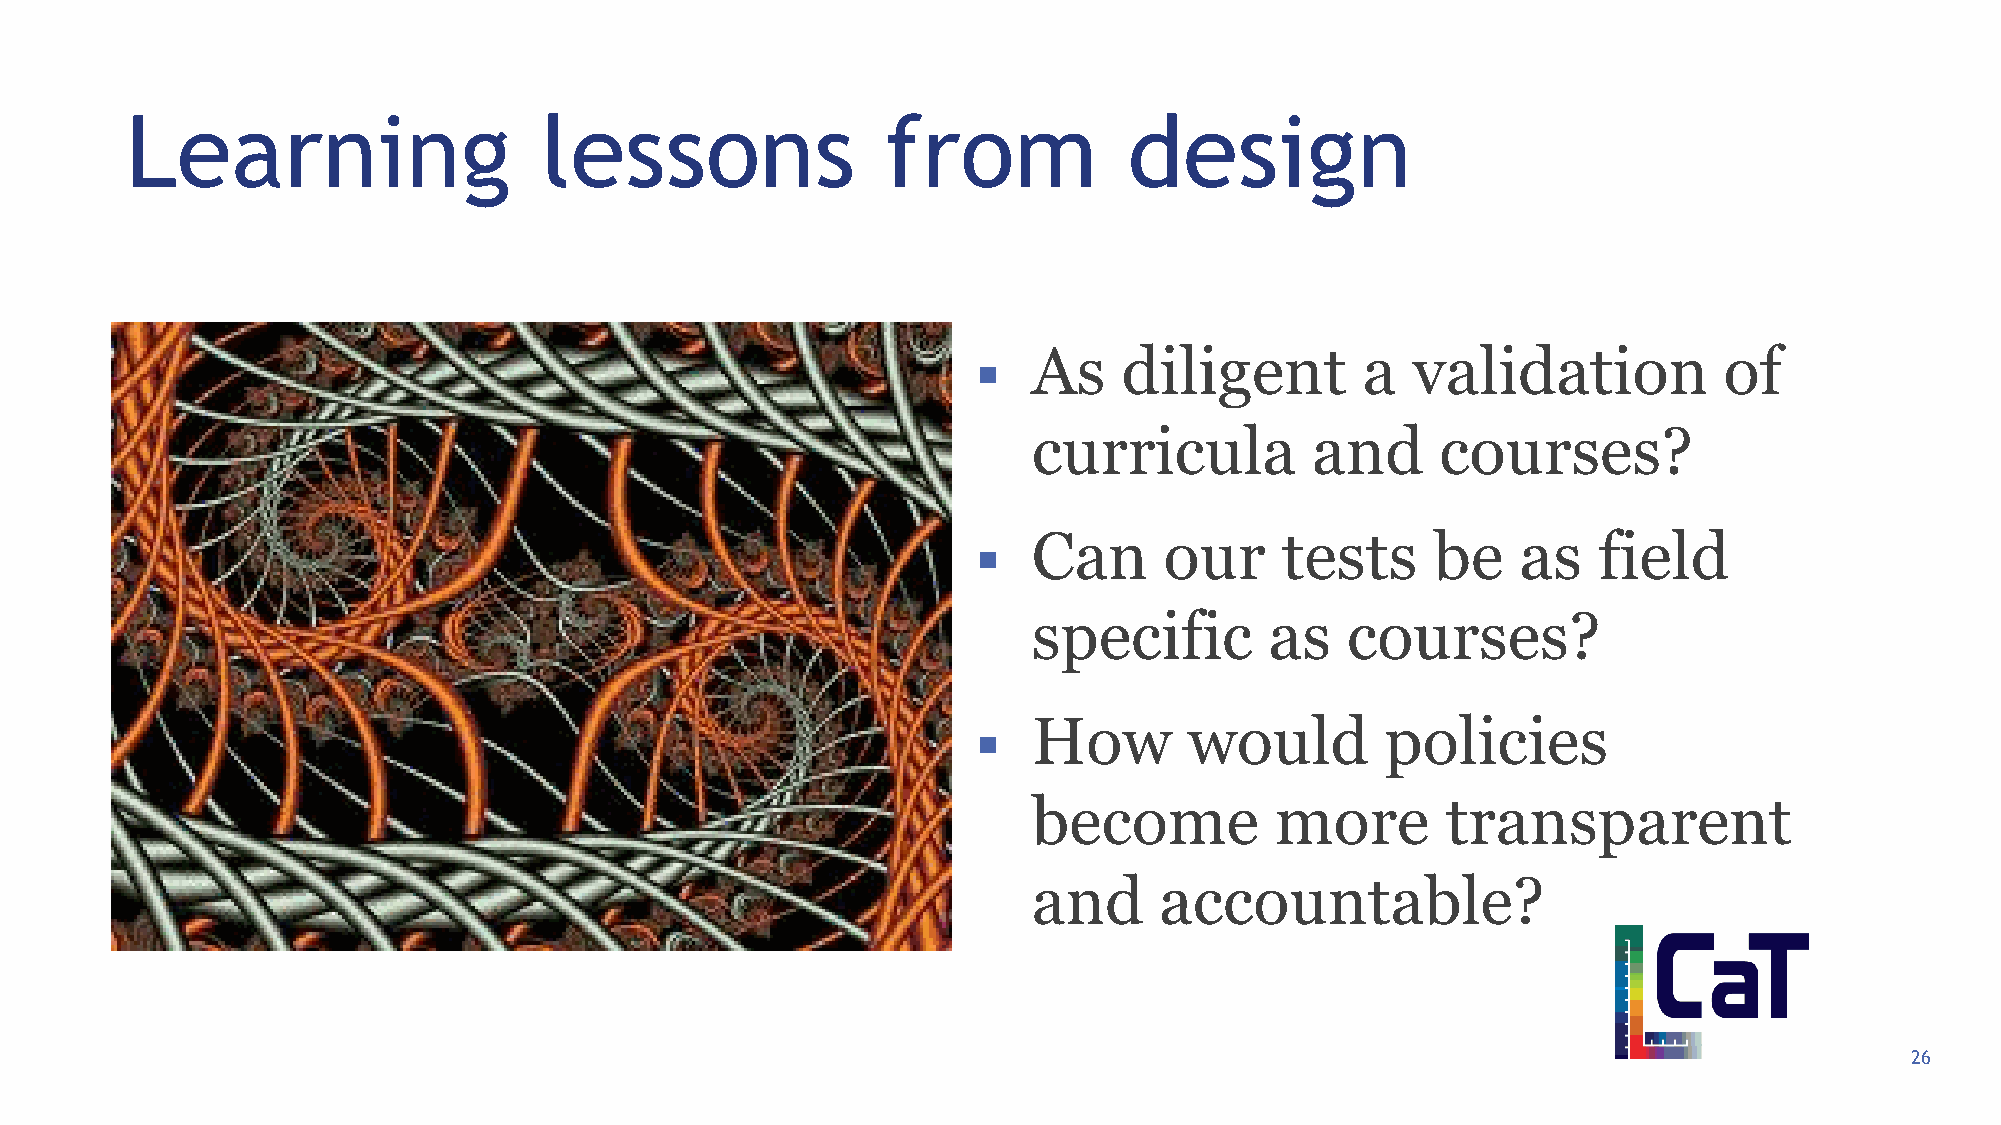
Learning                    lessons                from            design
   As    diligent        a  validation           of
 curricula          and     courses?
   Can      our     tests     be    as   field
 specific        as   courses?
   How        would        policies
 become          more        transparent
 and      accountable?
 26